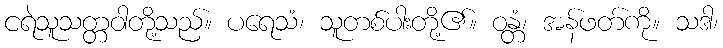
ငရဲသူသတ္တဝါတို့သည်။ ပရေသံ၊ သူတစ်ပါးတို့၏။ ဝန္တံ၊ အန်ဖတ်ကို။ သဒါ၊